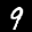
Label: 9